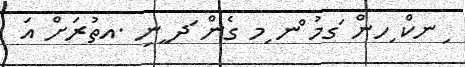
ިނކް ިހން ަގމު ްނ ިމ ގެން ަދ ީނި .އތުރަށް އަ